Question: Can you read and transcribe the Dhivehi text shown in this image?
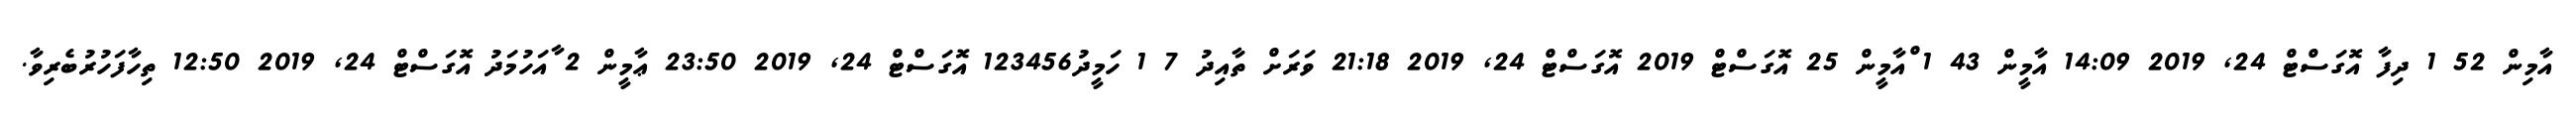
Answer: އާމިން 52 1 ދިފާ އޮގަސްޓް 24, 2019 14:09 އާމީން 43 1 ްއާމީން 25 އޮގަސްޓް 2019 އޮގަސްޓް 24, 2019 21:18 ވަރަށް ތާއިދު 7 1 ހަމީދު123456 އޮގަސްޓް 24, 2019 23:50 ޢާމީން 2 ާއަހުމަދު އޮގަސްޓް 24, 2019 12:50 ތިހާފަހުރުބެރިވާ.